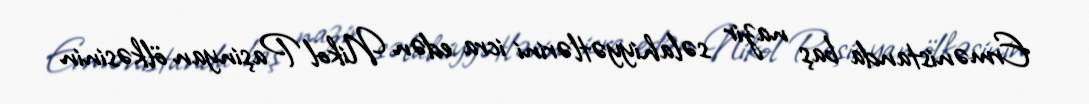
Ermənistanda baş nazir səlahiyyətlərini icra edən Nikol Paşinyan ölkəsinin